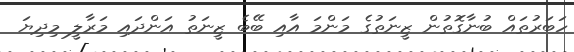
ހަބަރުތައް ބުނާގޮތުން ޒީނަތުގެ މަންމަ އާއި ބޭބެ ޒީނަތު އަންދައި މަރާލީ މިދިޔަ